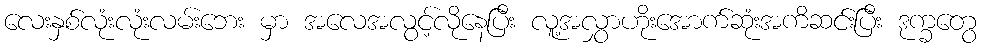
လေးနှစ်လုံးလုံးလမ်းဘေး မှာ အလေအလွင့်လိုနေပြီး လူ့အလွှာဟိုးအောက်ဆုံးအကိဆင်းပြီး ဒုက္ခတွေ